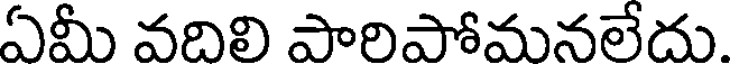
ఏమీ వదిలి పారిపోమనలేదు